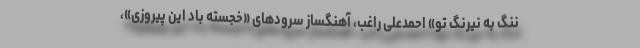
ننگ به نیرنگ تو» احمدعلی راغب، آهنگساز سرودهای «خجسته باد این پیروزی»،